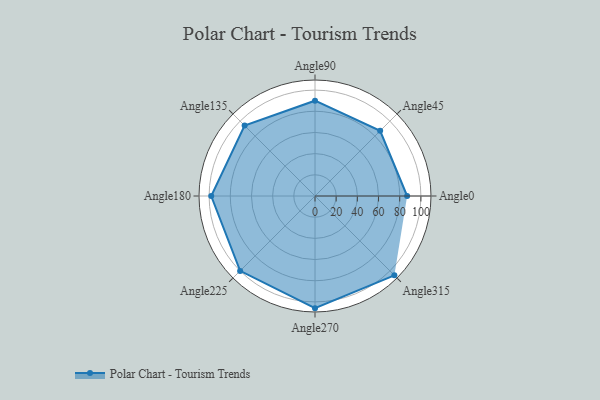
{"axis": {"x": "Angle", "y": "Radius"}, "legend": [""], "data": [{"x": "Angle0", "y": 87.0, "type": ""}, {"x": "Angle45", "y": 87.0, "type": ""}, {"x": "Angle90", "y": 90.0, "type": ""}, {"x": "Angle135", "y": 94.0, "type": ""}, {"x": "Angle180", "y": 98.0, "type": ""}, {"x": "Angle225", "y": 100.0, "type": ""}, {"x": "Angle270", "y": 106.0, "type": ""}, {"x": "Angle315", "y": 106.0, "type": ""}]}